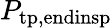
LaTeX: P_{\mathrm{tp,endinsp}}